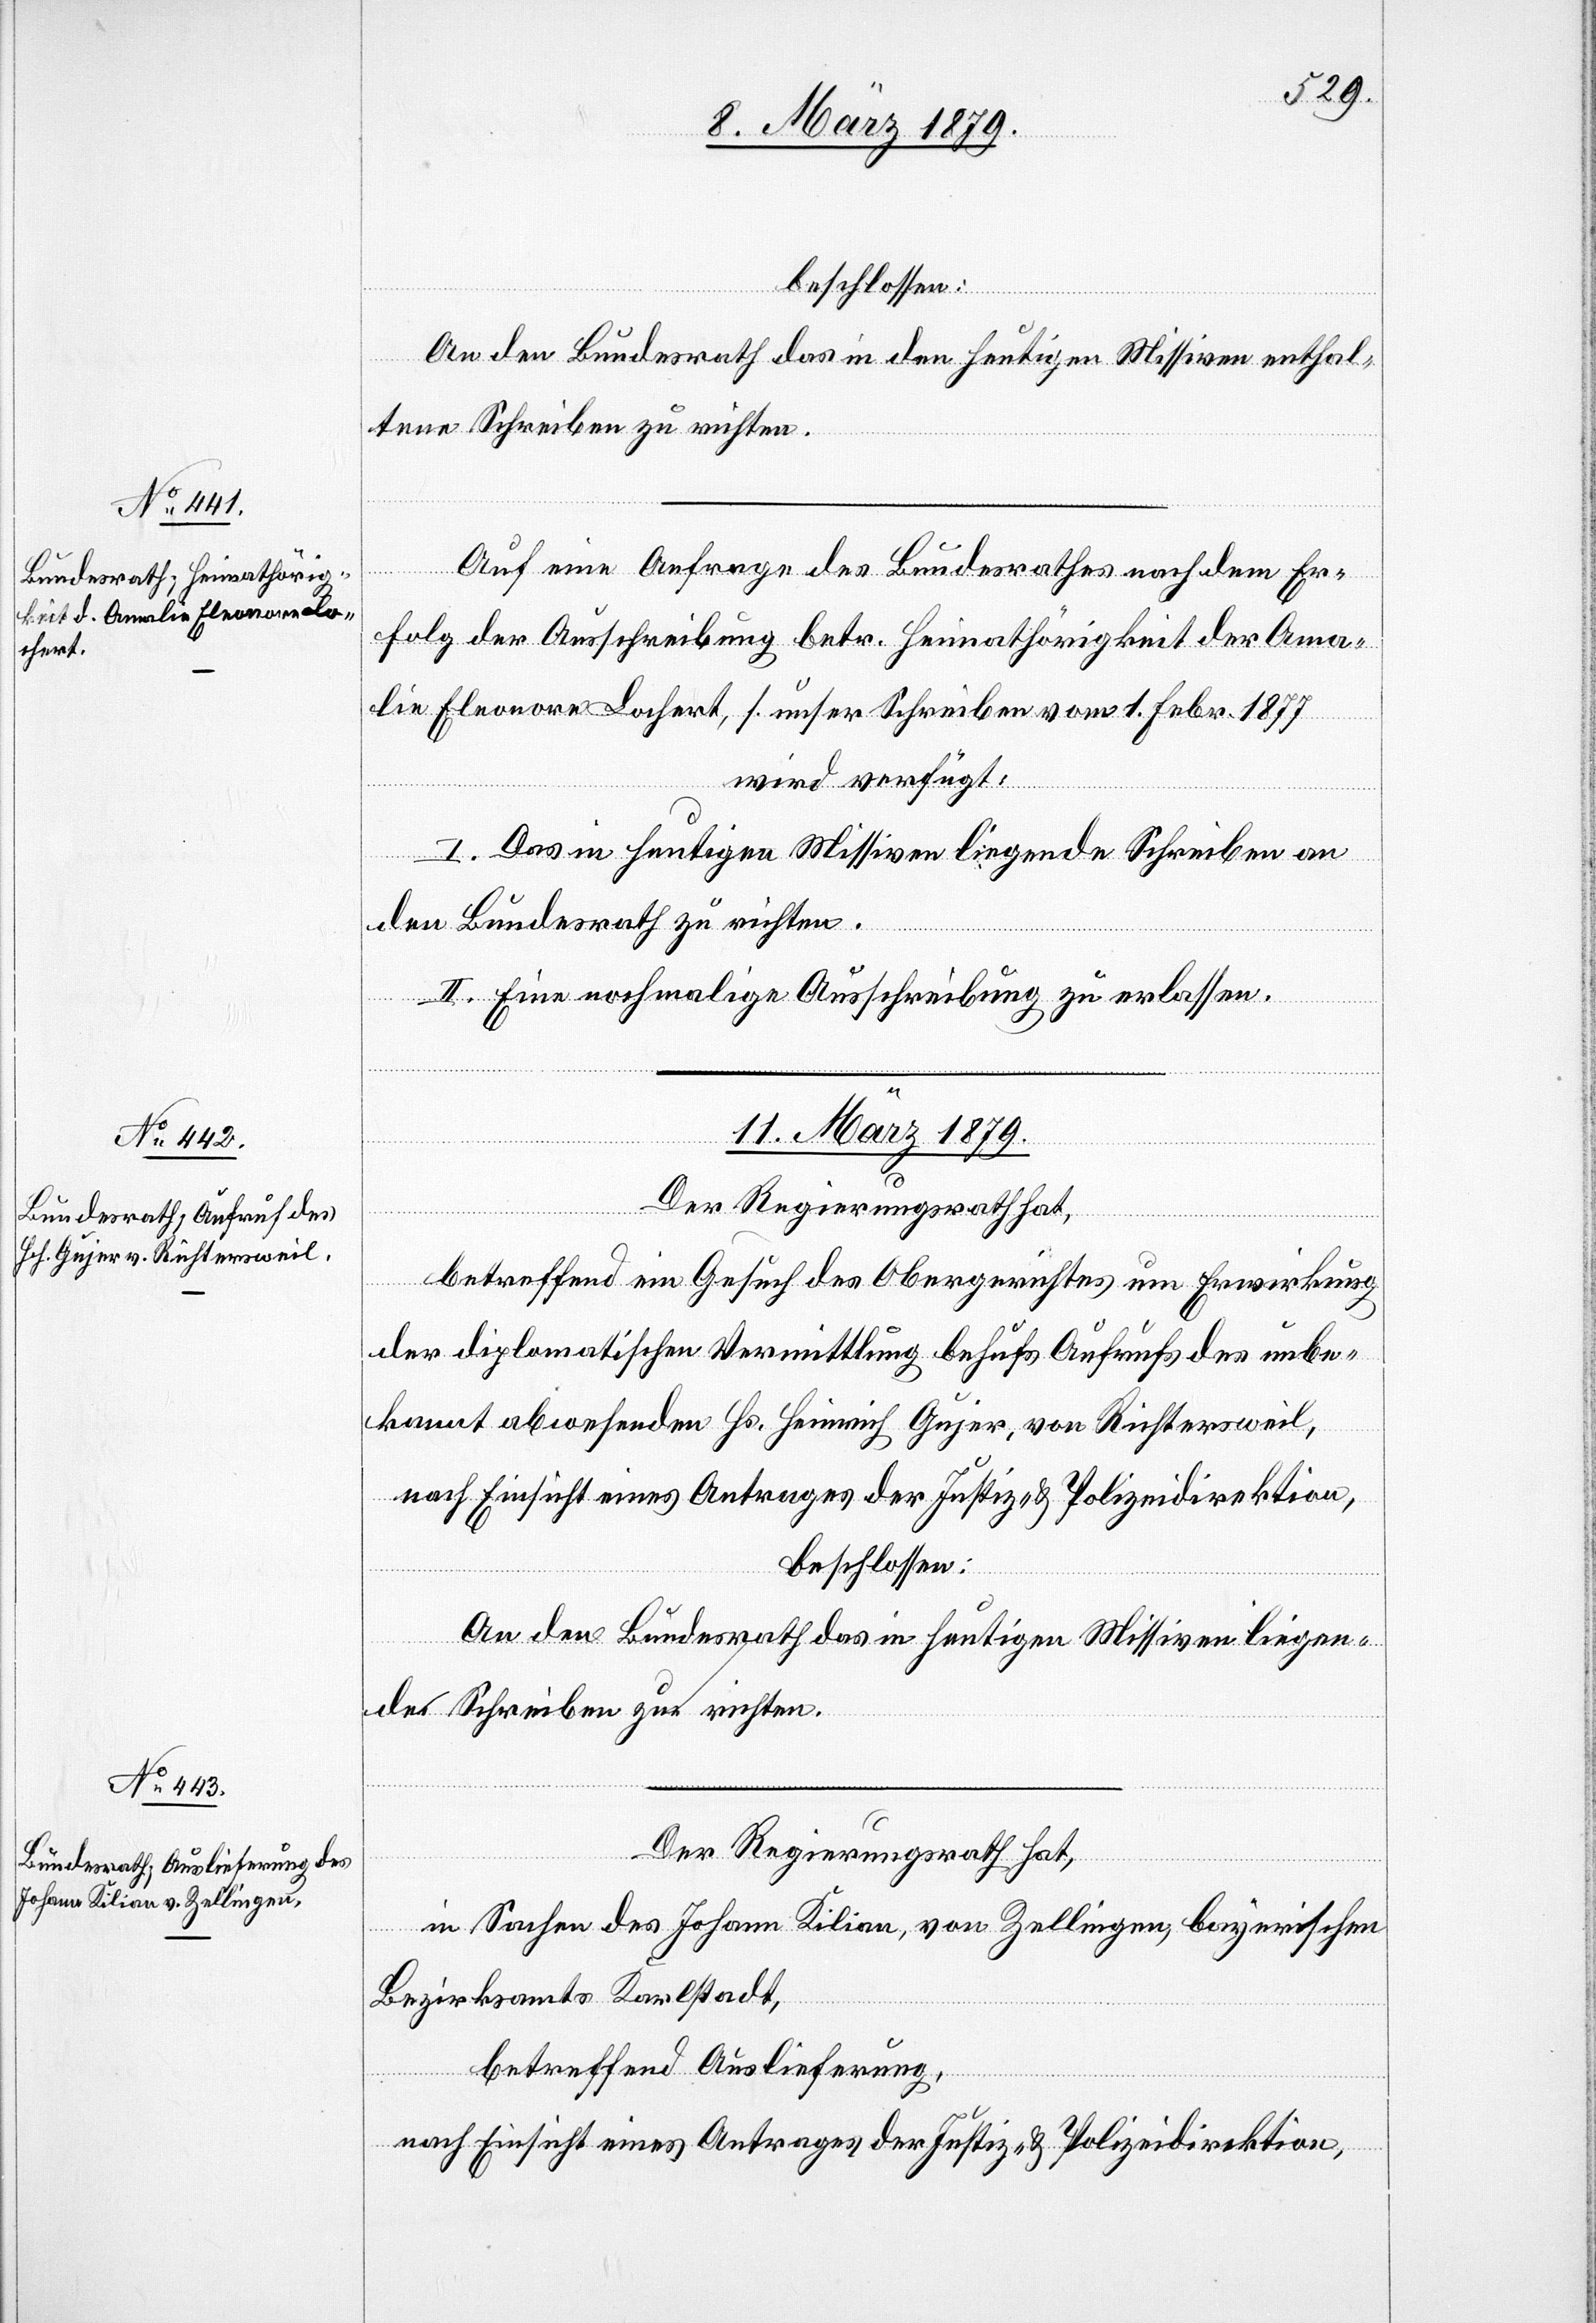
beschlossen:
An den Bundesrath das in den heutigen Missiven enthal¬
tene Schreiben zu richten.
Auf eine Anfrage des Bundesrathes nach dem Er¬
folg der Ausschreibung betr. Heimathörigkeit der Ama¬
lie Eleonore Lochert, s. unser Schreiben vom 1. Febr. 1877
wird verfügt:
I. Das in heutigen Missiven liegende Schreiben an
den Bundesrath zu richten.
II. Eine nochmalige Ausschreibung zu erlassen.
11. März 1879.]
Der Regierungsrath hat,
betreffend ein Gesuch des Obergerichtes um Erwirkung
der diplomatischen Vermittlung behufs Aufrufs des unbe¬
kannt abwesenden Hs. Heinrich Gujer, von Richtersweil,
nach Einsicht eines Antrages der Justiz- & Polizeidirektion,
beschlossen:
An den Bundesrath das in heutigen Missiven liegen¬
de Schreiben zu richten.
in Sachen des Johann Kilian, von Zellingen, Bayerischen
Bezirksamts Karlstadt,
betreffend Auslieferung,
nach Einsicht eines Antrages der Justiz- & Polizeidirektion,